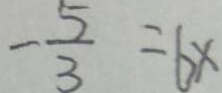
- \frac { 5 } { 3 } = 6 x